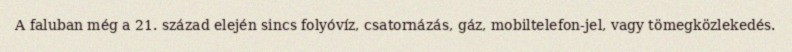
A faluban még a 21. század elején sincs folyóvíz, csatornázás, gáz, mobiltelefon-jel, vagy tömegközlekedés.